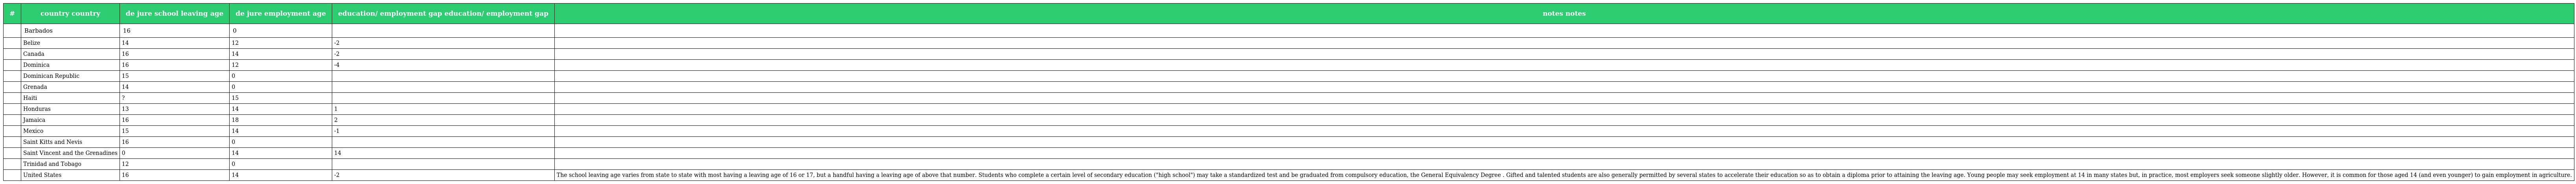
| # | country country | de jure school leaving age | de jure employment age | education/ employment gap education/ employment gap | notes notes |
 | --- | --- | --- | --- | --- | --- |
 |  | Barbados | 16 | 0 |  |  |
 |  | Belize | 14 | 12 | -2 |  |
 |  | Canada | 16 | 14 | -2 |  |
 |  | Dominica | 16 | 12 | -4 |  |
 |  | Dominican Republic | 15 | 0 |  |  |
 |  | Grenada | 14 | 0 |  |  |
 |  | Haiti | ? | 15 |  |  |
 |  | Honduras | 13 | 14 | 1 |  |
 |  | Jamaica | 16 | 18 | 2 |  |
 |  | Mexico | 15 | 14 | -1 |  |
 |  | Saint Kitts and Nevis | 16 | 0 |  |  |
 |  | Saint Vincent and the Grenadines | 0 | 14 | 14 |  |
 |  | Trinidad and Tobago | 12 | 0 |  |  |
 |  | United States | 16 | 14 | -2 | The school leaving age varies from state to state with most having a leaving age of 16 or 17, but a handful having a leaving age of above that number. Students who complete a certain level of secondary education ("high school") may take a standardized test and be graduated from compulsory education, the General Equivalency Degree . Gifted and talented students are also generally permitted by several states to accelerate their education so as to obtain a diploma prior to attaining the leaving age. Young people may seek employment at 14 in many states but, in practice, most employers seek someone slightly older. However, it is common for those aged 14 (and even younger) to gain employment in agriculture. |